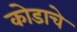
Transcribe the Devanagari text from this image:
कोडाचे